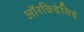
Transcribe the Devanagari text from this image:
ऑरकिडेसिई